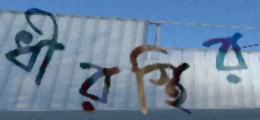
ধীরস্থির